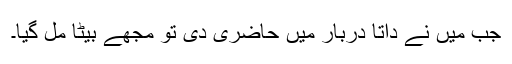
جب مَیں نے داتا دربار میں حاضری دی تو مجھے بیٹا مل گیا۔